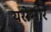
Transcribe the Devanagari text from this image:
यरोमीर